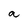
Character: a